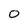
Character: 0